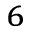
^ 6